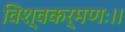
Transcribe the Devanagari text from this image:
विश्वकर्मणः।।